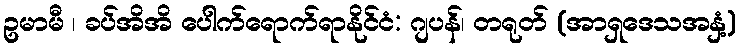
ဥမာမီ ၊ ခပ်အိအိ ပေါက်ရောက်ရာနိုင်ငံ: ဂျပန်၊ တရုတ် (အာရှဒေသအနှံ့)